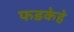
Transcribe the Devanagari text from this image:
फडकेहे